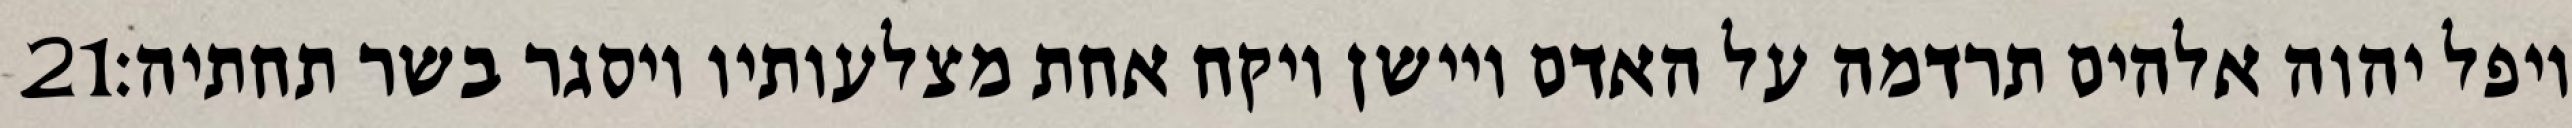
‎21‏ ויפל יהוה אלהים תרדמה על האדם ויישן ויקח אחת מצלעותיו ויסגר בשר תחתיה׃